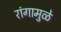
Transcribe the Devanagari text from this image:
रांगामुळे